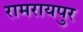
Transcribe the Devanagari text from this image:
रामरायपुर